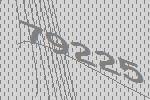
79225